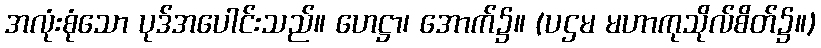
အလုံးစုံသော ပုဒ်အပေါင်းသည်။ ဟေဋ္ဌာ၊ အောက်၌။ (ပဌမ မဟာကုသိုလ်စိတ်၌။)